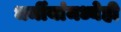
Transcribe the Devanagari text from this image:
धर्मीयांमध्येही